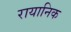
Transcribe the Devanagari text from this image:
रायानिक